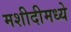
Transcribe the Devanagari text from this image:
मशीदीमध्ये